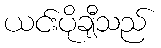
ယင်းပိုချီသည်